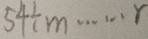
5 4 \div m \cdots r